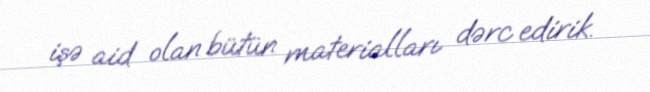
işə aid olan bütün materialları dərc edirik.